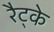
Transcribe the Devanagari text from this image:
रैट्के